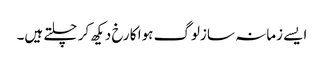
ایسے زمانہ سازلوگ ہوا کا رخ دیکھ کر چلتے ہیں۔